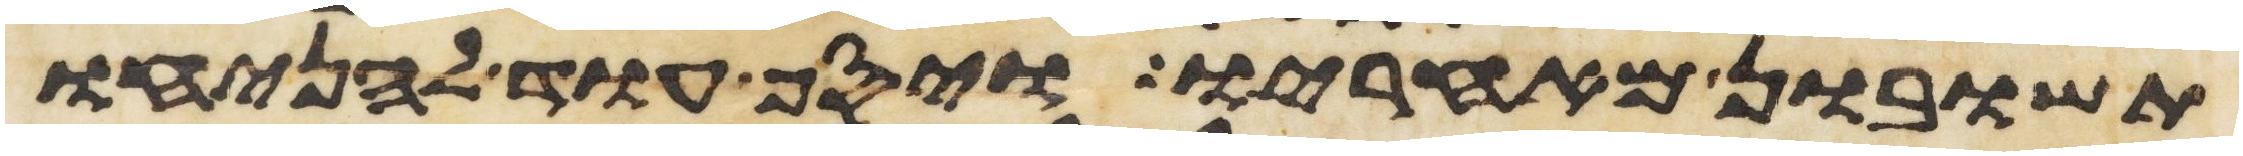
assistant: תשובון מאחריו ויסף עוד להניחו